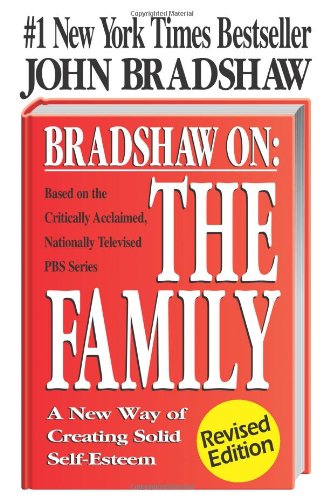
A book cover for Bradshaw On: The Family: A New Way of Creating Solid Self-Esteem; John Bradshaw; Parenting & Relationships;